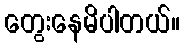
တွေးနေမိပါတယ်။